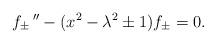
LaTeX: \begin{align*}f_\pm\,^{\prime\prime} - (x^2 -\lambda^2 \pm 1)f_\pm = 0.\end{align*}